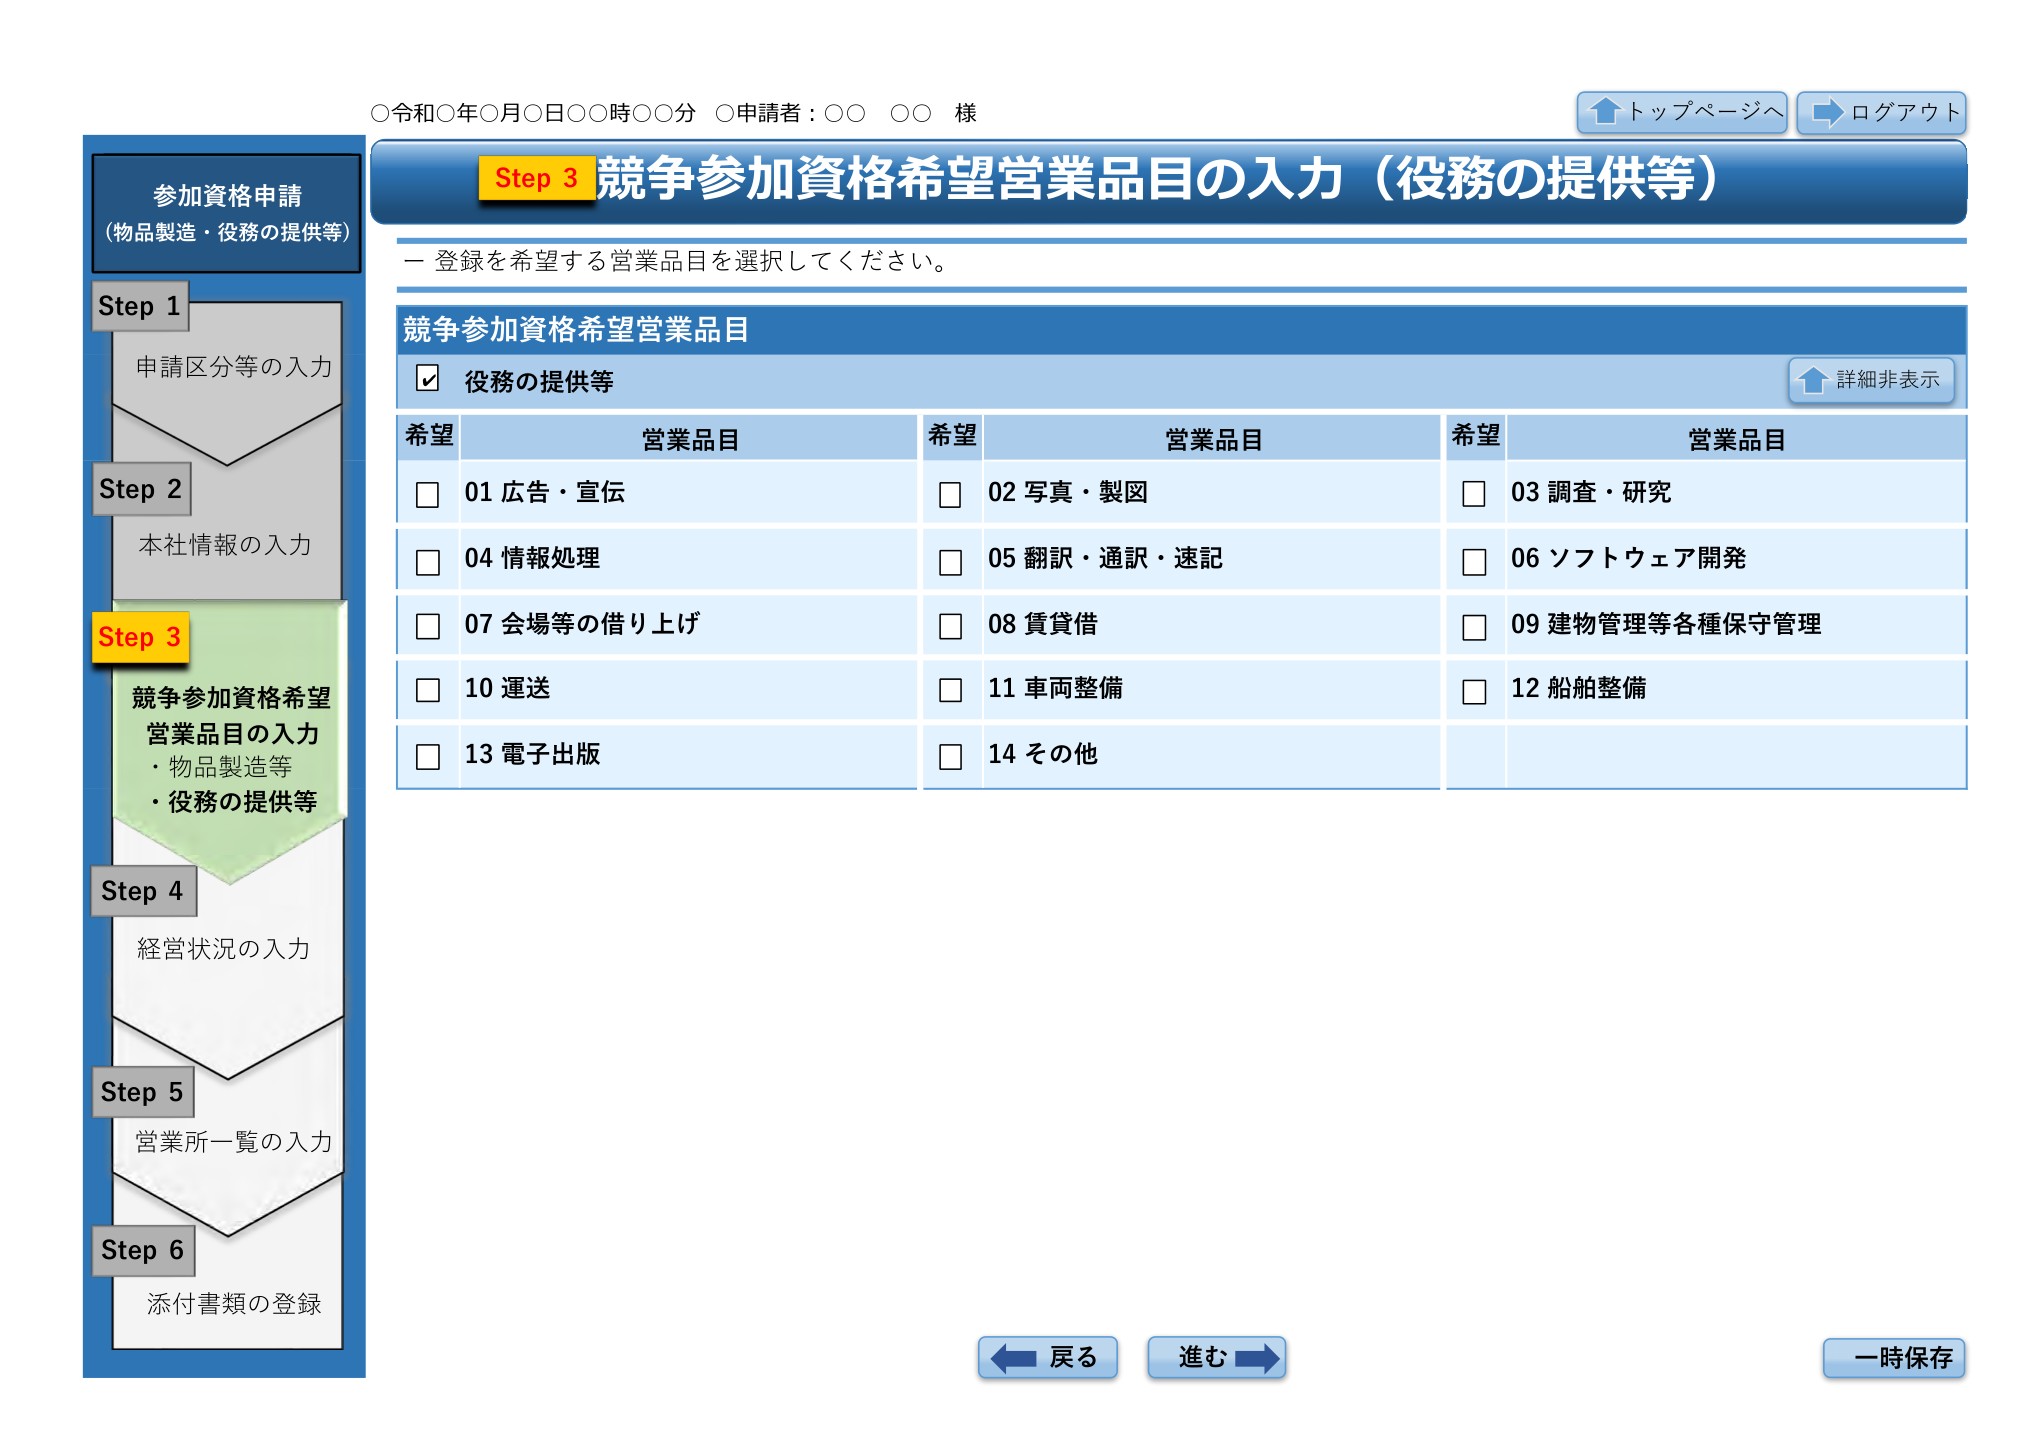
○令和○年○月○日○○時○○分 ○申請者：○○ ○○ 様
トップページへ
ログアウト
参加資格申請
（物品製造・役務の提供等）
Step 1
申請区分等の入力
Step 2
本社情報の入力
Step 3
競争参加資格希望営業品目の入力
・物品製造等
・役務の提供等
Step 4
経営状況の入力
Step 5
営業所一覧の入力
Step 6
添付書類の登録
Step 3 競争参加資格希望営業品目の入力（役務の提供等）
ー 登録を希望する営業品目を選択してください。
競争参加資格希望営業品目
☑ 役務の提供等
詳細非表示
希望 営業品目 希望 営業品目 希望 営業品目
□ 01 広告・宣伝 □ 02 写真・製図 □ 03 調査・研究
□ 04 情報処理 □ 05 翻訳・通訳・速記 □ 06 ソフトウェア開発
□ 07 会場等の借り上げ □ 08 賃貸借 □ 09 建物管理等各種保守管理
□ 10 運送 □ 11 車両整備 □ 12 船舶整備
□ 13 電子出版 □ 14 その他
戻る 進む 一時保存